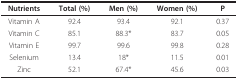
<table><thead><tr><td><b>Nutrients</b></td><td><b>Total (%)</b></td><td><b>Men (%)</b></td><td><b>Women (%)</b></td><td><b>P</b></td></tr></thead><tbody><tr><td>Vitamin A</td><td>92.4</td><td>93.4</td><td>92.1</td><td>0.37</td></tr><tr><td>Vitamin C</td><td>85.1</td><td>88.3*</td><td>83.7</td><td>0.05</td></tr><tr><td>Vitamin E</td><td>99.7</td><td>99.6</td><td>99.8</td><td>0.28</td></tr><tr><td>Selenium</td><td>13.4</td><td>18*</td><td>11.5</td><td>0.01</td></tr><tr><td>Zinc</td><td>52.1</td><td>67.4*</td><td>45.6</td><td>0.03</td></tr></tbody></table>